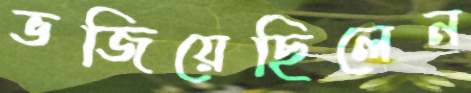
ভজিয়েছিলেন